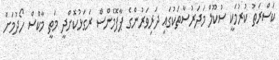
ކަސްރަތު ކުރުމަކީ ސުކޫލް މަދަރުސާތަކުގައި ދަރިވަރުންގެ ޕާފޮމެންސް ރަގަޅުކޮށްދީ މަތީ މާކްސް ހޯދުމަށް